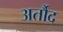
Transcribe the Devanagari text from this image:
अर्तौद